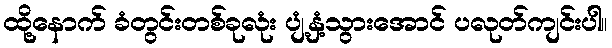
ထို့နောက် ခံတွင်းတစ်ခုလုံး ပျံ့နှံ့သွားအောင် ပလုတ်ကျင်းပါ။